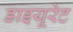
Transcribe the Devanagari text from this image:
डाइयूरेट